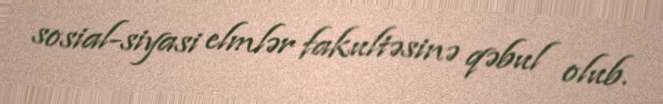
sosial-siyasi elmlər fakultəsinə qəbul olub.